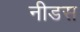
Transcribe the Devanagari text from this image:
नीडस